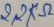
Text: 2,2KΩ